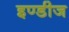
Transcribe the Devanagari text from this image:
इण्डीज